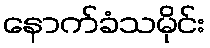
နောက်ခံသမိုင်း